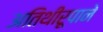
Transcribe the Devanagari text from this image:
अतिथीरूपाने